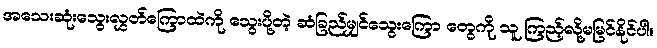
အသေးဆုံးသွေးလွှတ်ကြောထဲကို သွေးပို့တဲ့ ဆံခြည်မျှင်သွေးကြော တွေကို သူ ကြည့်လို့မမြင်နိုင်ပါ။